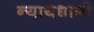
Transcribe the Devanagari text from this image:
न्यायधानी